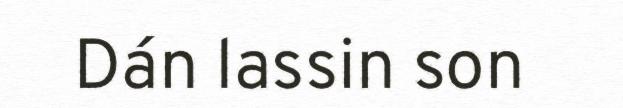
Dán lassin son